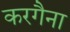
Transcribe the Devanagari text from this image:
करगैना